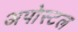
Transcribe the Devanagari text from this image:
अपोस्टल